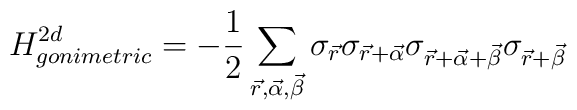
H_{gonimetric}^{2d}=- \frac{1}{2} \sum_{\vec{r},\vec{\alpha},\vec{\beta}}\sigma_{\vec{r}}\sigma_{\vec{r}+\vec{\alpha}} \sigma_{\vec{r}+\vec{\alpha}+\vec{\beta}}\sigma_{\vec{r}+\vec{\beta}}